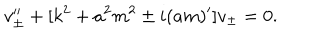
LaTeX: v _ { \pm } ^ { \prime \prime } + [ k ^ { 2 } + a ^ { 2 } m ^ { 2 } \pm i ( a m ) ^ { \prime } ] v _ { \pm } = 0 .